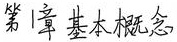
第1章 基本概念